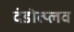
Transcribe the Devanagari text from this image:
दंडोत्प्लव